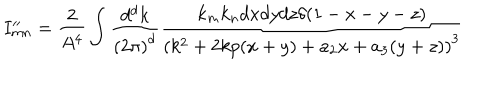
LaTeX: I _ { m n } ^ { \prime \prime } = \frac { 2 } { A ^ { 4 } } \int \frac { d ^ { d } k } { { ( 2 \pi ) } ^ { d } } \frac { k _ { m } k _ { n } d x d y d z \delta ( 1 - x - y - z ) } { { ( k ^ { 2 } + 2 k p ( x + y ) + a _ { 2 } x + a _ { 3 } ( y + z ) ) } ^ { 3 } }